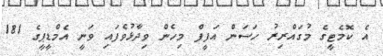
އެ ކޮމެޓީގެ މުގައްރިރު ހަސަން އަފީފް މިހެން ވިދާޅުވެފައި ވަނީ އެމްޑީޕީގެ 181